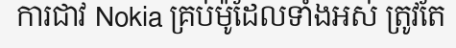
ការជាវ Nokia គ្រប់ម៉ូដែលទាំងអស់ ត្រូវតែ